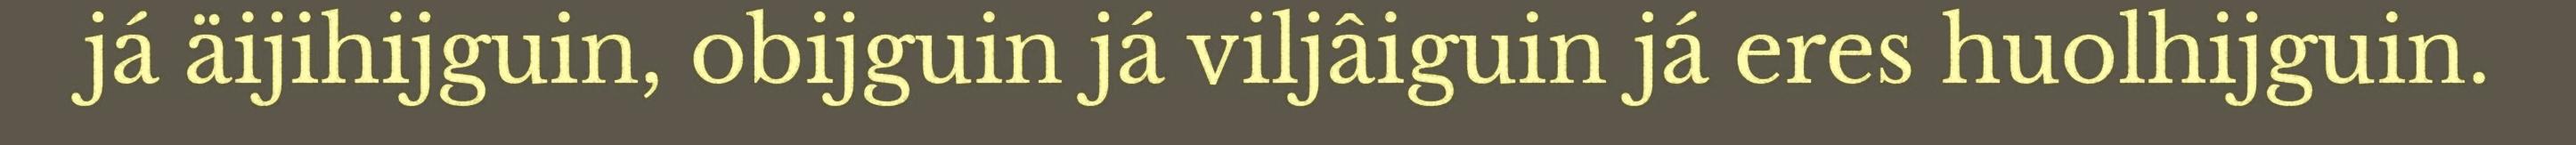
já äijihijguin, obijguin já viljâiguin já eres huolhijguin.